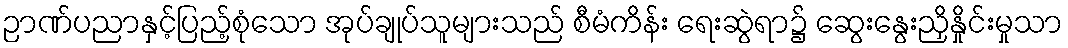
ဉာဏ်ပညာနှင့်ပြည့်စုံသော အုပ်ချုပ်သူများသည် စီမံကိန်း ရေးဆွဲရာ၌ ဆွေးနွေးညှိနှိုင်းမှုသာ